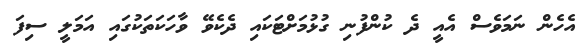
އެހެން ނަމަވެސް އެއީ ދެ ކުންފުނި ގުޅުމަށްޓަކައި ދެކެވޭ ވާހަކަތަކުގައި އަމަލީ ސިފަ